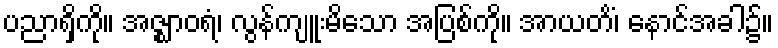
ပညာရှိကို။ အဇ္ဈာဝရံ၊ လွန်ကျူးမိသော အပြစ်ကို။ အာယတိံ၊ နောင်အခါ၌။